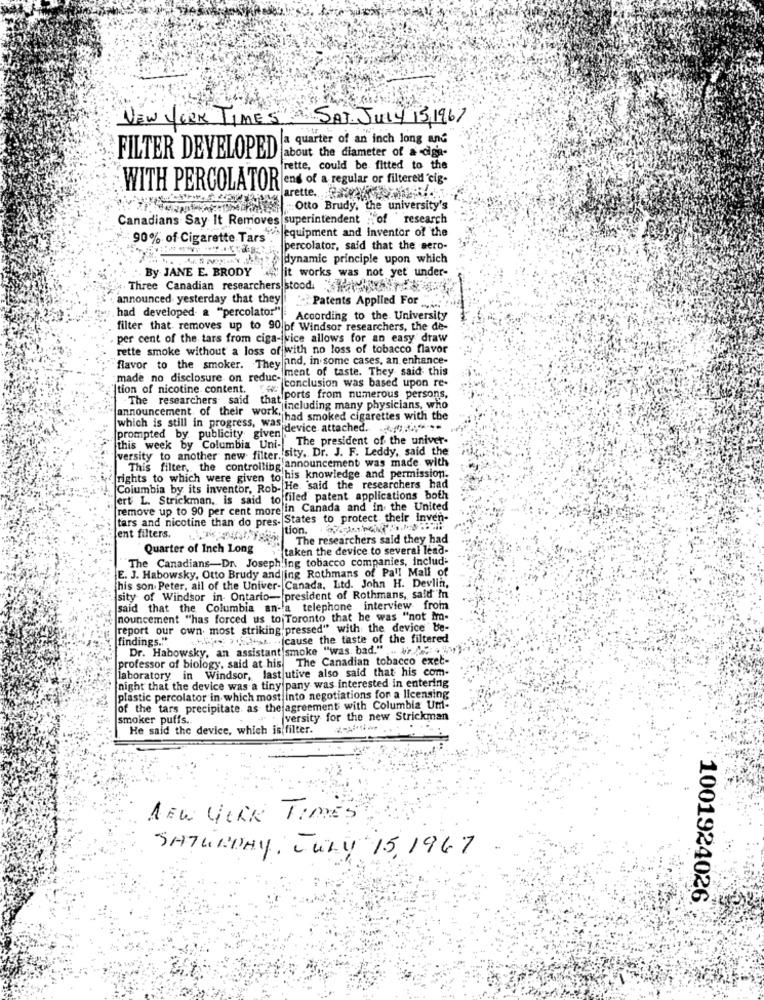
NEW YORK TIMES SAT JULY 13, 1967
a quarter of an inch long and
about the diameter of a ciga-
FILTER DEVELOPED
frette, could be fitted to the
WITH PERCOLATOR end of a regular or filtered'cip.
arette. .
Otto Brudy, the university's
Canadians Say It Removes superintendent :: of research
wilequipment and Inventor of the
90% of Cigarette Tars .
percolator, said that the sero-
dynamic principle upon which
By JANE E. BRODY
it works was not yet under-
Three Canadian researchers stood. "
announced yesterday that they 'Patents Applied For
had developed a "percolator"
According to the University
filter that removes up to 90 of Windsor researchers, the de-
per cent of the tars from ciga- vice allows for an easy draw
rette smoke without a loss of with no loss of tobacco flavor
flavor to the smoker. They find. in some cases, an enhance-
ne ment of taste. They said this
made no disclosure. on reduce conclusion was based upon re-
tion of nicotine content.
"The researchers said that ports from numerous persons,
announcement of their work ! acluding many physicians, who
which is still in progress, was had smoked cigarettes with the
[prompted by publicity given device attached. .....
this week by Columbia Uni- The president of the univer-
versity to another new filter. sity. Dr. J. F. Leddy, said the
This filter, the controlling announcement was made with
rights to which were given to his knowledge and permission.
Columbia by its inventor, Rob- He said the researchers had
ert L. Strickman, is said to filed patent applications both
[remove up to 90 per cent more in Canada and in the United
tars and nicotine than do pres. States to protect their inven-
Ition.
ent filters.
The researchers said they had
Quarter of Inch Long
taken the device to several lead-
The Canadians-Dr. Joseph ing tobacco companies, includ-
E. J. Habowsky, Otto Brudy and ing Rothmans of Pall Mall of
his son Peter, all of the Univer- Canada. Ltd. John H. Devlin,
sity of Windsor in Ontario- president of Rothmans, said in
said that the Columbia an- a telephone interview from
nouncement "has forced us to Toronto that he was "not im-
report our own most striking pressed" with the device be-
findings.""
h- 12+. .. cause the taste of the filtered
Dr. Habowsky, an assistant smoke "was, bad." ... # /. \")
professor of biology, said at his The Canadian tobacco exet-
laboratory in Windsor, last utive also said that his com-
night that the device was a tiny pany was interested in entering
plastic percolator in which most into negotiations for a licensing
of the tars precipitate as the agreement with Columbia Um-
smoker puffs ..
versity for the new Strickman
He said the device, which is filter.
NEW YORK TIMES
SATURDAY, JULY 15,1967
1001924026